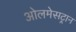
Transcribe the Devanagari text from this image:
ओलमेसट्रान